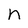
Character: n